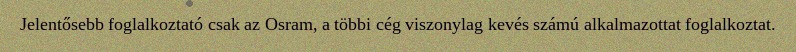
Jelentősebb foglalkoztató csak az Osram, a többi cég viszonylag kevés számú alkalmazottat foglalkoztat.